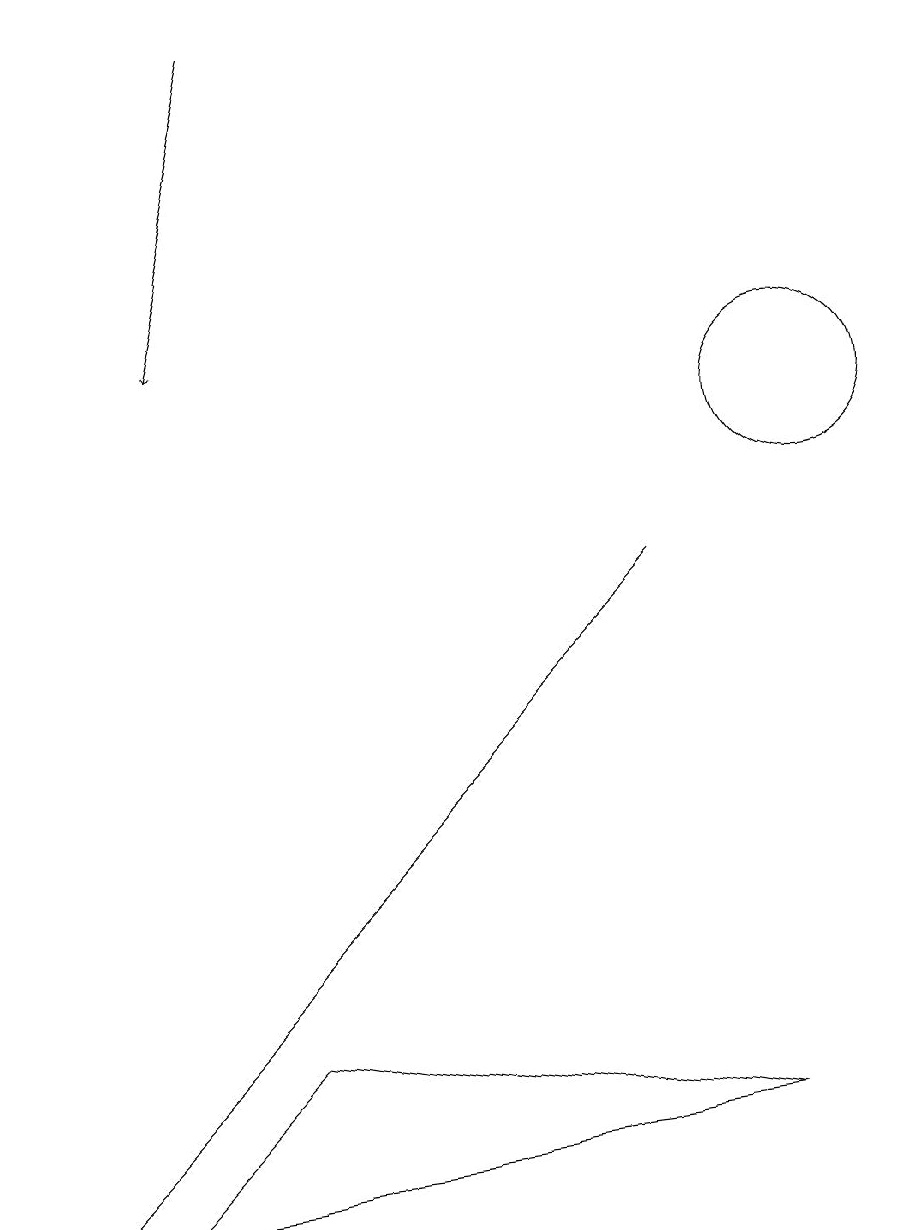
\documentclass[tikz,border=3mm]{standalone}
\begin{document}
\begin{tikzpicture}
\draw (10,10) circle (1);
\draw (3,3) -- (8,8) -- (0,0) -- cycle;
\draw (3,2) -- (1,0) -- (9,1) -- cycle;
\draw[->] (3,15) -- (2,11);
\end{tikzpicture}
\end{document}